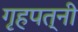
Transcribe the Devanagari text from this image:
गृहपत्नी